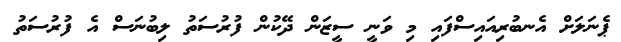
ޕެނަލަށް އެނބުރިއައިސްފައި މި ވަނީ ސީޒަން ދޭކުން ފުރުސަތު ލިބުނަސް އެ ފުރުސަތު